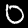
Label: 0